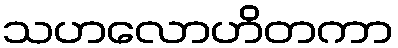
သဟလောဟိတကာ